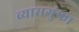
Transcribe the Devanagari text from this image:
व्यासगुंफा